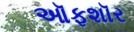
ઑફશૉર